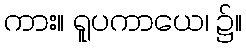
ကား။ ရူပကာယေ၊ ၌။